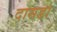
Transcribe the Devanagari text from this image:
दासडा